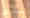
صغير